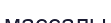
массалы